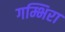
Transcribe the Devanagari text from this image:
गम्भिरा